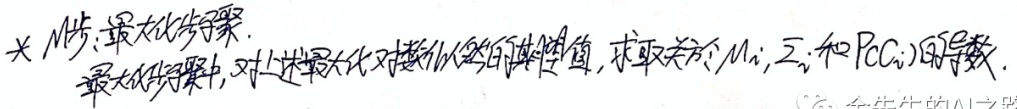
* M步：最大化步骤。最大化步骤中，对上述最大化对数似然的期望值，求取关于 $\mu_i,\Sigma_i$ 和 $P(C_i)$ 的导数。